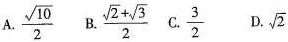
A. \frac{ \sqrt{10}}{2} B.\frac{ \sqrt{2}+ \sqrt{ 3 }}{ 2 } C. \frac{ 3 }{ 2 } D. \sqrt{ 2 }